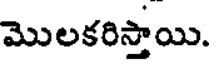
మొలకరిస్తాయి.